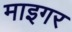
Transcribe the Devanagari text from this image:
माइगर